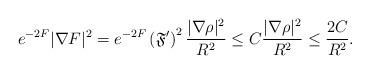
LaTeX: \begin{align*}e^{-2F}|\nabla F|^2=e^{-2F}\left(\mathfrak{F}'\right)^2\frac{|\nabla \rho|^2}{R^2}\le C\frac{|\nabla \rho|^2}{R^2}\le \frac{2C}{R^2}.\end{align*}